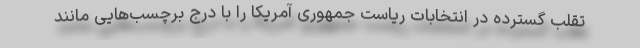
تقلب گسترده در انتخابات ریاست جمهوری آمریکا را با درج برچسب‌هایی مانند